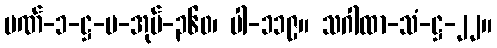
ပဏ်-၁-ဋ္ဌ-ပ-အုပ်-၃၆၀၊ ပါ-၁၁၉။ သဂါထာ-သံ-ဋ္ဌ-၂၂။